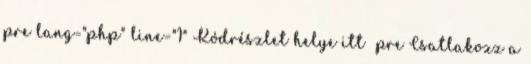
pre lang="php" line="1" Kódrészlet helye itt pre Csatlakozz a